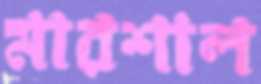
মারশাল